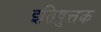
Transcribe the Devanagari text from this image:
इतिषुत्तक